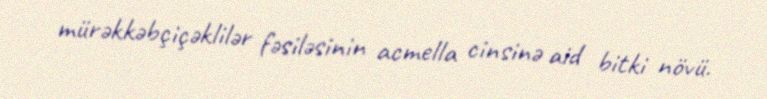
mürəkkəbçiçəklilər fəsiləsinin acmella cinsinə aid bitki növü.